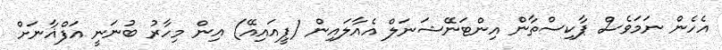
އެހެން ނަމަވެސް ޕާކިސްތާން އިންޓަނޭޝަނަލް އެއާލައިން (ޕީއައިއޭ) އިން މިހާރު ބުނަނީ އަފްޣާނަށް